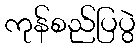
ကုန်စည်ပြပွဲ